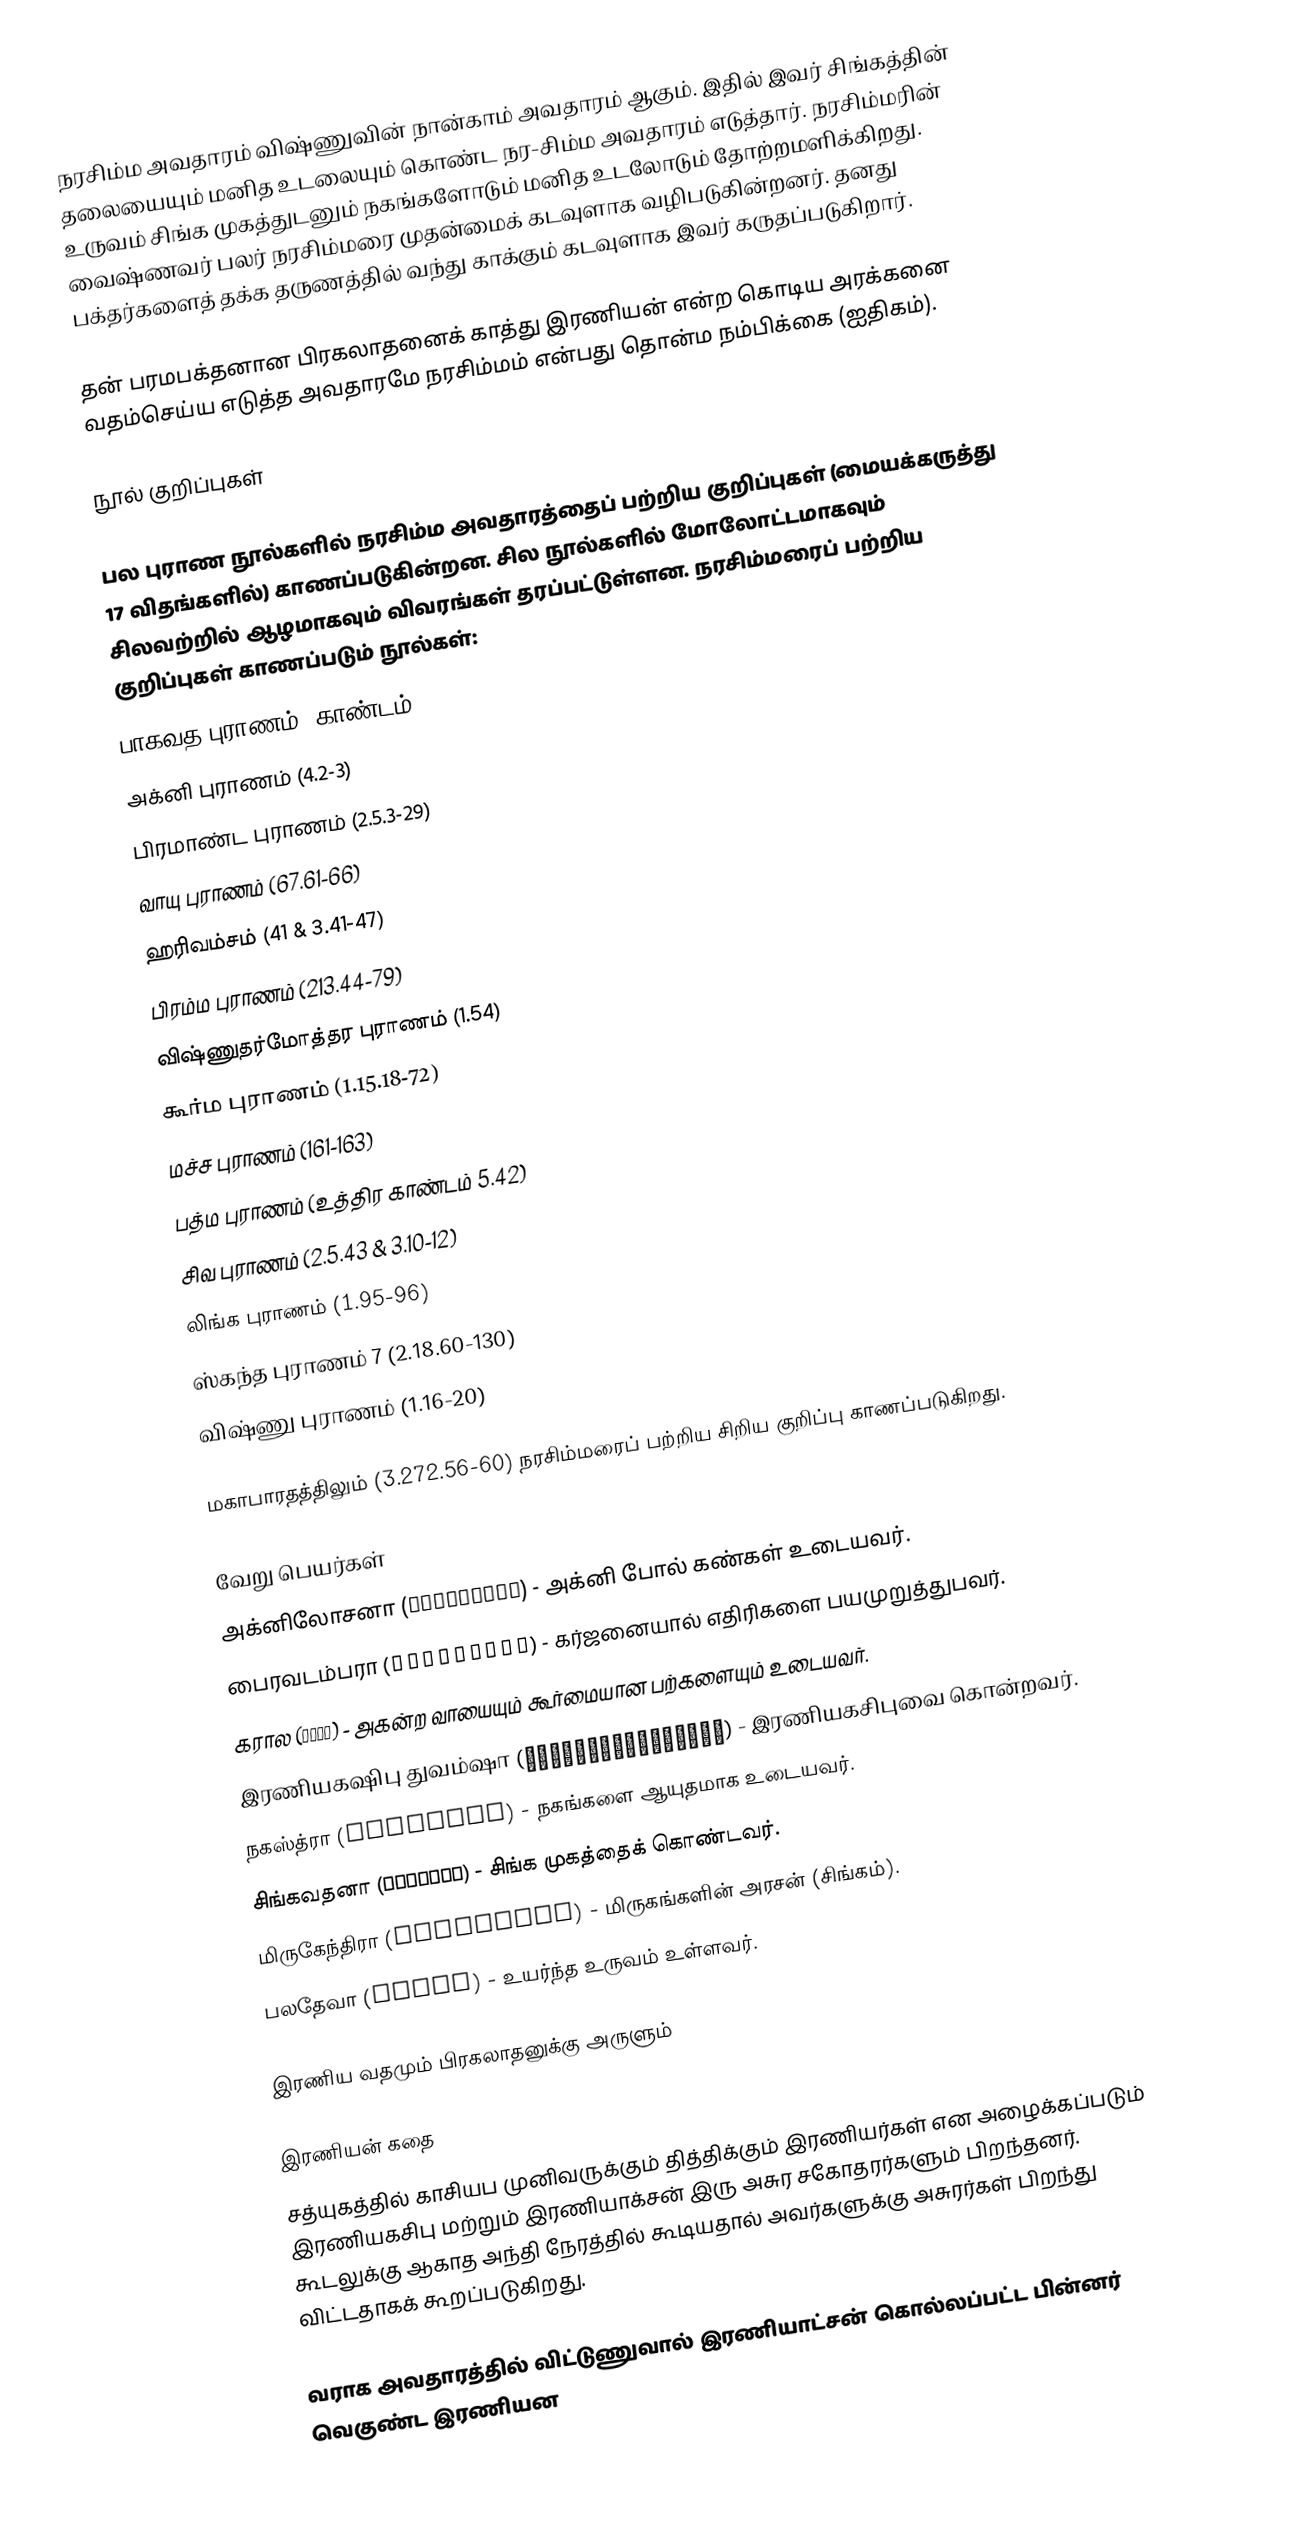
நரசிம்ம அவதாரம் விஷ்ணுவின் நான்காம் அவதாரம் ஆகும். இதில் இவர் சிங்கத்தின் தலையையும் மனித உடலையும் கொண்ட நர-சிம்ம அவதாரம் எடுத்தார். நரசிம்மரின் உருவம் சிங்க முகத்துடனும் நகங்களோடும் மனித உடலோடும் தோற்றமளிக்கிறது. வைஷ்ணவர் பலர் நரசிம்மரை முதன்மைக் கடவுளாக வழிபடுகின்றனர். தனது பக்தர்களைத் தக்க தருணத்தில் வந்து காக்கும் கடவுளாக இவர் கருதப்படுகிறார்.

தன் பரமபக்தனான பிரகலாதனைக் காத்து இரணியன் என்ற கொடிய அரக்கனை வதம்செய்ய எடுத்த அவதாரமே நரசிம்மம் என்பது தொன்ம நம்பிக்கை (ஐதிகம்).

நூல் குறிப்புகள்

பல புராண நூல்களில் நரசிம்ம அவதாரத்தைப் பற்றிய குறிப்புகள் (மையக்கருத்து 17 விதங்களில்) காணப்படுகின்றன. சில நூல்களில் மோலோட்டமாகவும் சிலவற்றில் ஆழமாகவும் விவரங்கள் தரப்பட்டுள்ளன. நரசிம்மரைப் பற்றிய குறிப்புகள் காணப்படும் நூல்கள்:
பாகவத புராணம் (காண்டம் 7)
அக்னி புராணம் (4.2-3)
பிரமாண்ட புராணம் (2.5.3-29)
வாயு புராணம் (67.61-66)
ஹரிவம்சம் (41 & 3.41-47)
பிரம்ம புராணம் (213.44-79)
விஷ்ணுதர்மோத்தர புராணம் (1.54)
கூர்ம புராணம் (1.15.18-72)
மச்ச புராணம் (161-163)
பத்ம புராணம் (உத்திர காண்டம் 5.42)
சிவ புராணம் (2.5.43 & 3.10-12)
லிங்க புராணம் (1.95-96)
ஸ்கந்த புராணம் 7 (2.18.60-130)
விஷ்ணு புராணம் (1.16-20)

மகாபாரதத்திலும் (3.272.56-60) நரசிம்மரைப் பற்றிய சிறிய குறிப்பு காணப்படுகிறது.

வேறு பெயர்கள்
அக்னிலோசனா (अग्निलोचन) - அக்னி போல் கண்கள் உடையவர்.
பைரவடம்பரா (भैरवडम्बर) - கர்ஜனையால் எதிரிகளை பயமுறுத்துபவர்.
கரால (कराल) - அகன்ற வாயையும் கூர்மையான பற்களையும் உடையவர்.
இரணியகஷிபு துவம்ஷா (हिरण्यकशिपुध्वंस) - இரணியகசிபுவை கொன்றவர்.
நகஸ்த்ரா (नखास्त्र) - நகங்களை ஆயுதமாக உடையவர்.
சிங்கவதனா (सिंहवदन) - சிங்க முகத்தைக் கொண்டவர்.
மிருகேந்திரா (मृगेन्द्र) - மிருகங்களின் அரசன் (சிங்கம்).
பலதேவா (बलदेव) - உயர்ந்த உருவம் உள்ளவர்.

இரணிய வதமும் பிரகலாதனுக்கு அருளும்

இரணியன் கதை
சத்யுகத்தில் காசியப முனிவருக்கும் தித்திக்கும் இரணியர்கள் என அழைக்கப்படும் இரணியகசிபு மற்றும் இரணியாக்சன் இரு அசுர சகோதரர்களும் பிறந்தனர். கூடலுக்கு ஆகாத அந்தி நேரத்தில் கூடியதால் அவர்களுக்கு அசுரர்கள் பிறந்து விட்டதாகக் கூறப்படுகிறது.

வராக அவதாரத்தில் விட்டுணுவால் இரணியாட்சன் கொல்லப்பட்ட பின்னர் வெகுண்ட இரணியன